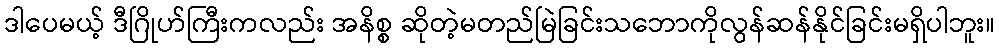
ဒါပေမယ့် ဒီဂြိုဟ်ကြီးကလည်း အနိစ္စ ဆိုတဲ့မတည်မြဲခြင်းသဘောကိုလွန်ဆန်နိုင်ခြင်းမရှိပါဘူး။